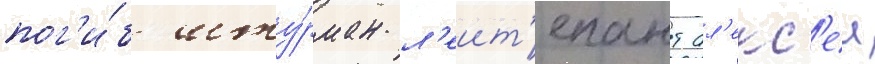
пог'и́б шту́рман л'еит'енант ал'екс'еи